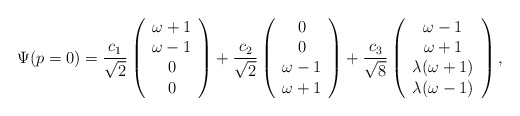
\begin{align*}\Psi(p=0) =\frac{c_1}{\sqrt2}\left(\begin{array}{c}\omega+1\\\omega-1\\0\\0\end{array}\right)+\frac{c_2}{\sqrt2}\left(\begin{array}{c}0\\0\\\omega-1\\\omega+1\end{array}\right)+\frac{c_3}{\sqrt8}\left(\begin{array}{c}\omega-1\\\omega+1\\\lambda(\omega+1)\\\lambda(\omega-1)\end{array}\right),\end{align*}